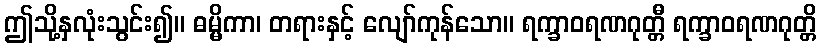
ဤသို့နှလုံးသွင်း၍။ ဓမ္မိကာ၊ တရားနှင့် လျော်ကုန်သော။ ရက္ခာဝရဏဂုတ္တီ ရက္ခာဝရဏဂုတ္တိ